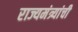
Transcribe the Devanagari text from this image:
राज्यमंत्र्यांची